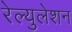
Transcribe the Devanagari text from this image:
रेल्युलेशन